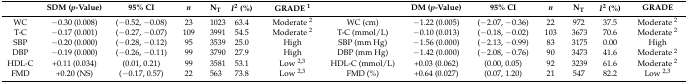
|  | SDM (p-Value) | 95% CI | n | NT | I2 (%) | GRADE 1 |  | DM (p-Value) | 95% CI | n | NT | I2 (%) | GRADE |
 | --- | --- | --- | --- | --- | --- | --- | --- | --- | --- | --- | --- | --- | --- |
 | WC | −0.30 (0.008) | (−0.52, −0.08) | 23 | 1023 | 63.4 | Moderate 2 | WC (cm) | −1.22 (0.005) | (−2.07, −0.36) | 22 | 972 | 37.5 | Moderate 2 |
 | T-C | −0.17 (0.001) | (−0.27, −0.07) | 109 | 3991 | 54.5 | Moderate 2 | T-C (mmol/L) | −0.10 (0.013) | (−0.18, −0.02) | 103 | 3673 | 70.6 | Moderate 2 |
 | SBP | −0.20 (0.000) | (−0.28, −0.12) | 95 | 3539 | 25.0 | High | SBP (mm Hg) | −1.56 (0.000) | (−2.13, −0.99) | 83 | 3175 | 0.00 | High |
 | DBP | −0.19 (0.000) | (−0.26, −0.11) | 99 | 3790 | 27.9 | High | DBP (mm Hg) | −1.42 (0.000) | (−2.08, −0.76) | 90 | 3473 | 41.6 | Moderate 2 |
 | HDL-C | +0.11 (0.034) | (0.01, 0.21) | 99 | 3581 | 53.1 | Low 2,3 | HDL-C (mmol/L) | +0.03 (0.062) | (0.00, 0.05) | 92 | 3239 | 61.6 | Moderate 2 |
 | FMD | +0.20 (NS) | (−0.17, 0.57) | 22 | 563 | 73.8 | Low 2,3 | FMD (%) | +0.64 (0.027) | (0.07, 1.20) | 21 | 547 | 82.2 | Low 2,3 |